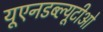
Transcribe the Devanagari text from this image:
यूएनडब्ल्यूटीओ